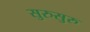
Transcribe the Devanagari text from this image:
सुरुसुरु